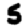
Digit: 5